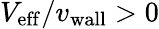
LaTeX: V_{\mathrm{eff}}/{v_{\mathrm{wall}}}>0